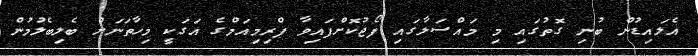
އެލައިޑުން ބުނި ގޮތުގައި މި މައްސަލާގައި ފޯޖުކޮށްފައިވާ ޕްރިމިއަމްގެ އަގަކީ މިހާތަނަށް ބެލިބެލުމުން